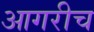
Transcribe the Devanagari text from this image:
आगरीच